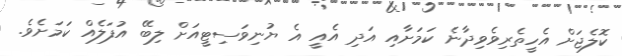
ކޮލެޖަށް އެހީތެރިވެވިދާނެ ކަމަށާއި އަދި އެއީ އެ ޔުނިވަސިޓީއަށް ލިބޭ އުފަލެއް ކަމަށެވެ.